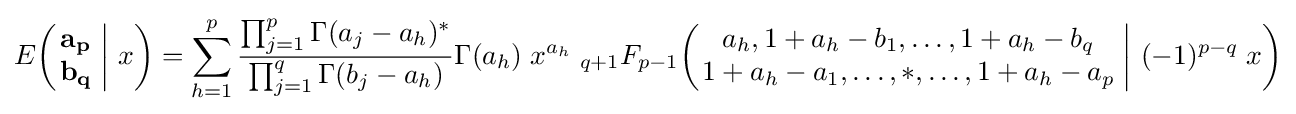
E\!\left(\left.{\begin{matrix}\mathbf {a_{p}} \\\mathbf {b_{q}} \end{matrix}}\;\right|\,x\right)=\sum _{h=1}^{p}{\frac {\prod _{j=1}^{p}\Gamma (a_{j}-a_{h})^{*}}{\prod _{j=1}^{q}\Gamma (b_{j}-a_{h})}}\Gamma (a_{h})\;x^{a_{h}}\;_{q+1}F_{p-1}\!\left(\left.{\begin{matrix}a_{h},1+a_{h}-b_{1},\dots ,1+a_{h}-b_{q}\\1+a_{h}-a_{1},\dots ,*,\dots ,1+a_{h}-a_{p}\end{matrix}}\;\right|\,(-1)^{p-q}\;x\right)